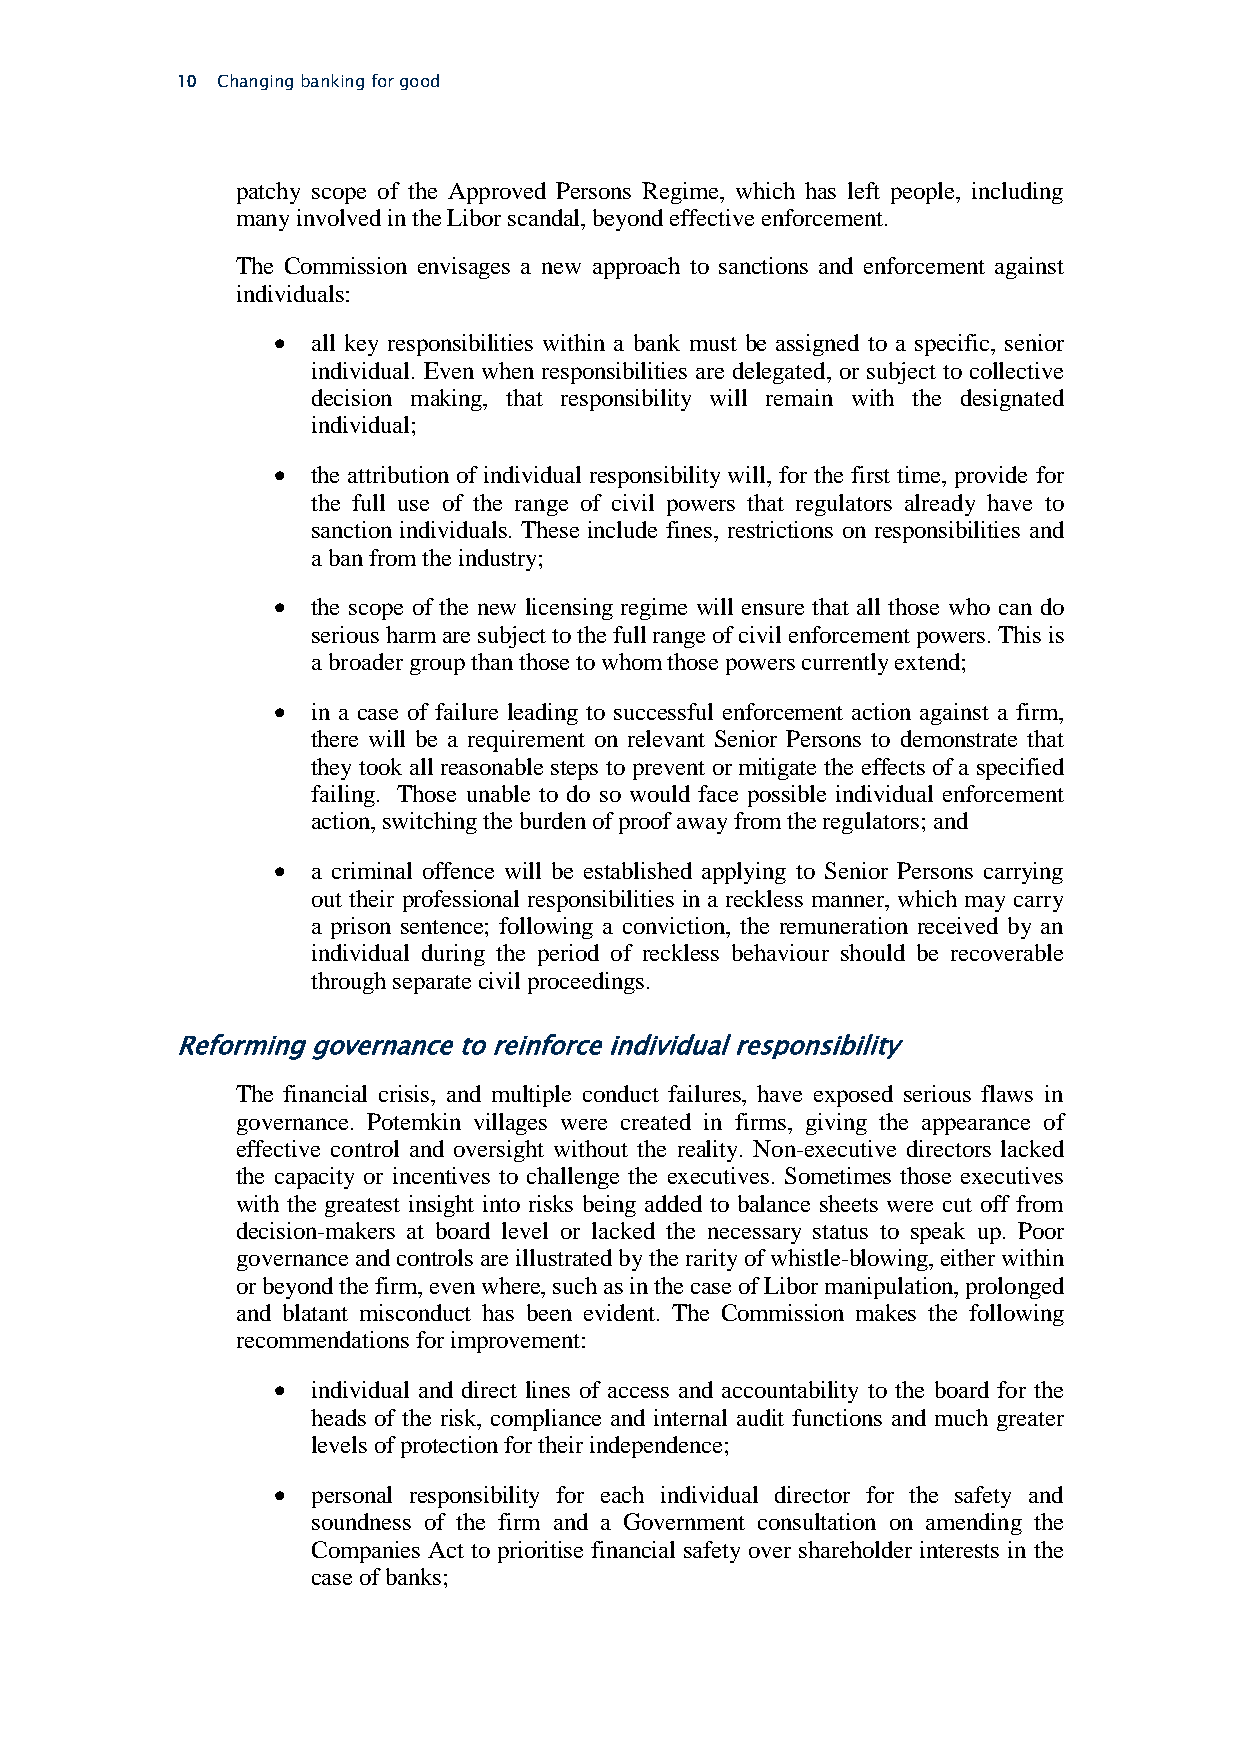
10 Changing banking for good
 patchy scope of the Approved Persons Regime, which has left people, including
 many involved in the Libor scandal, beyond effective enforcement.
 The Commission envisages a new approach to sanctions and enforcement against
 individuals:
   all key responsibilities within a bank must be assigned to a specific, senior
 individual. Even when responsibilities are delegated, or subject to collective
 decision making, that responsibility will remain with the designated
 individual;
   the attribution of individual responsibility will, for the first time, provide for
 the full use of the range of civil powers that regulators already have to
 sanction individuals. These include fines, restrictions on responsibilities and
 a ban from the industry;
   the scope of the new licensing regime will ensure that all those who can do
 serious harm are subject to the full range of civil enforcement powers. This is
 a broader group than those to whom those powers currently extend;
   in a case of failure leading to successful enforcement action against a firm,
 there will be a requirement on relevant Senior Persons to demonstrate that
 they took all reasonable steps to prevent or mitigate the effects of a specified
 failing. Those unable to do so would face possible individual enforcement
 action, switching the burden of proof away from the regulators; and
   a criminal offence will be established applying to Senior Persons carrying
 out their professional responsibilities in a reckless manner, which may carry
 a prison sentence; following a conviction, the remuneration received by an
 individual during the period of reckless behaviour should be recoverable
 through separate civil proceedings.
 Reforming governance to reinforce individual responsibility
 The financial crisis, and multiple conduct failures, have exposed serious flaws in
 governance. Potemkin villages were created in firms, giving the appearance of
 effective control and oversight without the reality. Non-executive directors lacked
 the capacity or incentives to challenge the executives. Sometimes those executives
 with the greatest insight into risks being added to balance sheets were cut off from
 decision-makers at board level or lacked the necessary status to speak up. Poor
 governance and controls are illustrated by the rarity of whistle-blowing, either within
 or beyond the firm, even where, such as in the case of Libor manipulation, prolonged
 and blatant misconduct has been evident. The Commission makes the following
 recommendations for improvement:
   individual and direct lines of access and accountability to the board for the
 heads of the risk, compliance and internal audit functions and much greater
 levels of protection for their independence;
   personal responsibility for each individual director for the safety and
 soundness of the firm and a Government consultation on amending the
 Companies Act to prioritise financial safety over shareholder interests in the
 case of banks;